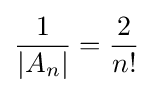
{\frac {1}{|A_{n}|}}={\frac {2}{n!}}